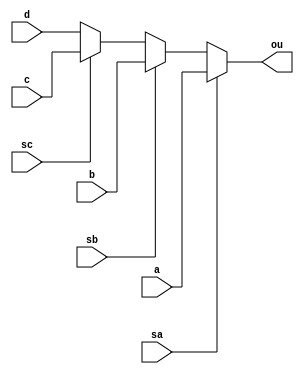
module prio (
    input sa, sb, sc,
    input [7:0] a, b, c, d,
    output reg [7:0] ou
);

always @*
    if (sa)
        ou = a;
    else
        if (sb)
            ou = b;
        else
            if (sc)
                ou = c;
            else
                ou = d;


endmodule